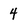
Character: 4